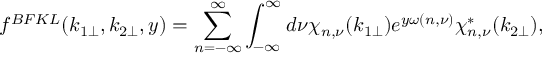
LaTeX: f ^ { B F K L } ( k _ { 1 \perp } , k _ { 2 \perp } , y ) = \sum _ { n = - \infty } ^ { \infty } \int _ { - \infty } ^ { \infty } d \nu \chi _ { n , \nu } ( k _ { 1 \perp } ) e ^ { y \omega ( n , \nu ) } \chi _ { n , \nu } ^ { * } ( k _ { 2 \perp } ) ,